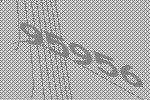
95956